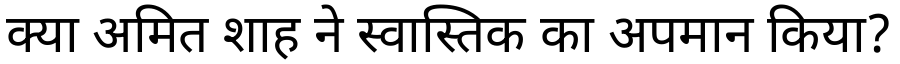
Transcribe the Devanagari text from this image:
क्या अमित शाह ने स्वास्तिक का अपमान किया?